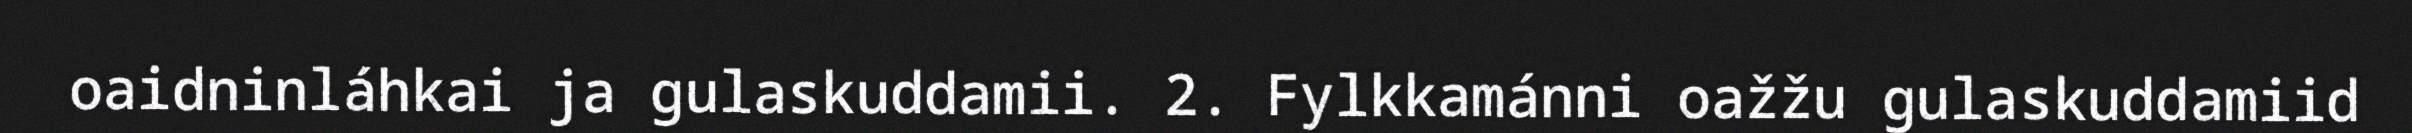
oaidninláhkai ja gulaskuddamii. 2. Fylkkamánni oažžu gulaskuddamiid